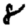
Digit: 8